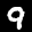
Label: 9